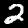
Label: 2